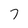
Character: 7